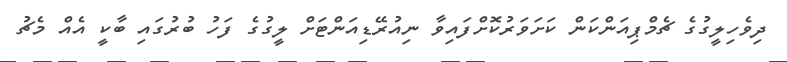
ދިވެހިލީގުގެ ޗެމްޕިއަންކަން ކަށަވަރުކޮށްފައިވާ ނިއުރޭޑިއަންޓަށް ލީގުގެ ފަހު ބުރުގައި ބާކީ އެއް މެޗު